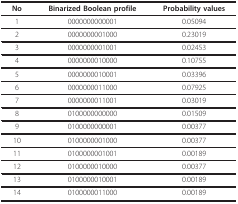
<table><thead><tr><td><b>No</b></td><td><b>Binarized Boolean profile</b></td><td><b>Probability values</b></td></tr></thead><tbody><tr><td>1</td><td>0000000000001</td><td>0.05094</td></tr><tr><td>2</td><td>0000000001000</td><td>0.23019</td></tr><tr><td>3</td><td>0000000001001</td><td>0.02453</td></tr><tr><td>4</td><td>0000000010000</td><td>0.10755</td></tr><tr><td>5</td><td>0000000010001</td><td>0.03396</td></tr><tr><td>6</td><td>0000000011000</td><td>0.07925</td></tr><tr><td>7</td><td>0000000011001</td><td>0.03019</td></tr><tr><td>8</td><td>0100000000000</td><td>0.01509</td></tr><tr><td>9</td><td>0100000000001</td><td>0.00377</td></tr><tr><td>10</td><td>0100000001000</td><td>0.00377</td></tr><tr><td>11</td><td>0100000001001</td><td>0.00189</td></tr><tr><td>12</td><td>0100000010000</td><td>0.00377</td></tr><tr><td>13</td><td>0100000010001</td><td>0.00189</td></tr><tr><td>14</td><td>0100000011000</td><td>0.00189</td></tr></tbody></table>